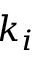
k _ { i }